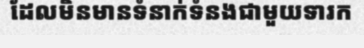
ដែលមិនមានទំនាក់ទំនងជាមួយទារក